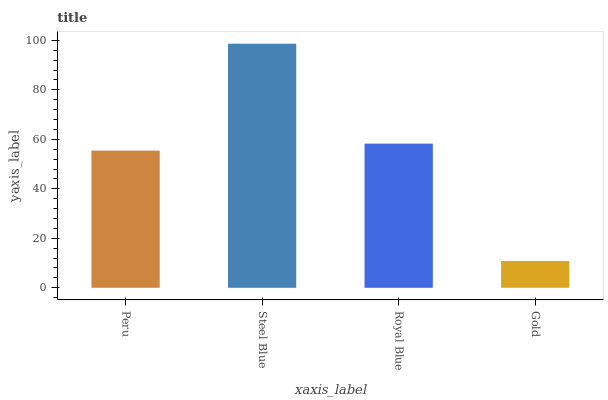
| xaxis_label | bars |
 | --- | --- |
 | Peru | 55.4 |
 | Steel Blue | 98.7 |
 | Royal Blue | 58.3 |
 | Gold | 10.8 |